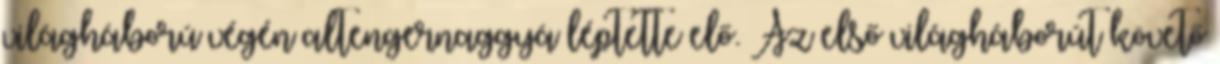
világháború végén altengernaggyá léptette elő. Az első világháborút követő